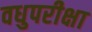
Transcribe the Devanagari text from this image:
वधुपरीक्षा